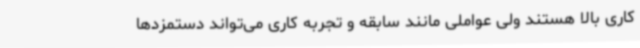
کاری بالا هستند ولی عواملی مانند سابقه و تجربه کاری می‌تواند دستمزدها